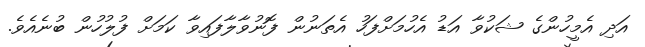
އަދި އެމީހުންގެ ޝަކުވާ އަޑު އެހުމަށްފަހު އެތަނުން ފޮނުވާލާފައިވާ ކަމަށް ފުލުހުން ބުނެއެވެ.